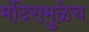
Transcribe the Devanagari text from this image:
मंदिरामुळेच